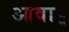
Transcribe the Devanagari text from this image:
आवा॥